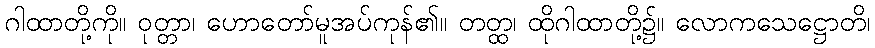
ဂါထာတို့ကို။ ဝုတ္တာ၊ ဟောတော်မူအပ်ကုန်၏။ တတ္ထ၊ ထိုဂါထာတို့၌။ လောကသေဋ္ဌောတိ၊